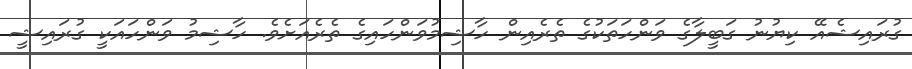
ގުރައިޝެއޭ ކިޔުނު ގަބީލާގެ ވަންހަތަކުގެ ތެރެއިން ހާޝިމުވަންހައިގެ ތެރެއަށެވެ. ހާޝިމު ވަންހައަކީ ގުރައިޝީ